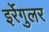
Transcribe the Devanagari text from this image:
इर्रेगुलर